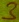
Text: 3